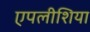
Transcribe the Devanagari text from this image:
एपलीशिया